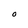
Character: O